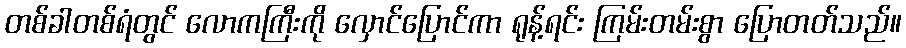
တစ်ခါတစ်ရံတွင် လောကကြီးကို လှောင်ပြောင်ကာ ရုန့်ရင်း ကြမ်းတမ်းစွာ ပြောတတ်သည်။